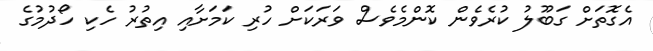
އެގޮތަށް ގަބޫލު ކުރެވެން ކޮންމެވެސް ވަރަކަށް ހުރި ކަމަށާއި އިތުރު ހެކި ހޯދުމުގެ